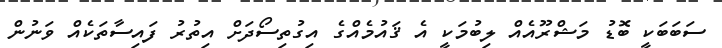
ސަބަބަކީ ބޮޑު މަޝްރޫއެއް ލިބުމަކީ އެ ޤައުމެއްގެ އިގުތިސޯދަށް އިތުރު ފައިސާތަކެއް ވަނުން